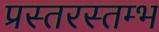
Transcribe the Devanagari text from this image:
प्रस्तरस्तम्भ